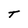
Character: T